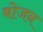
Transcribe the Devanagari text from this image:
बोजन